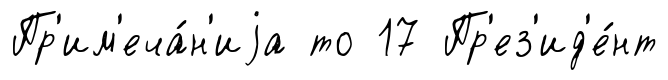
Пр'им'еча́н'иjа то 17 Пр'ез'ид'е́нт